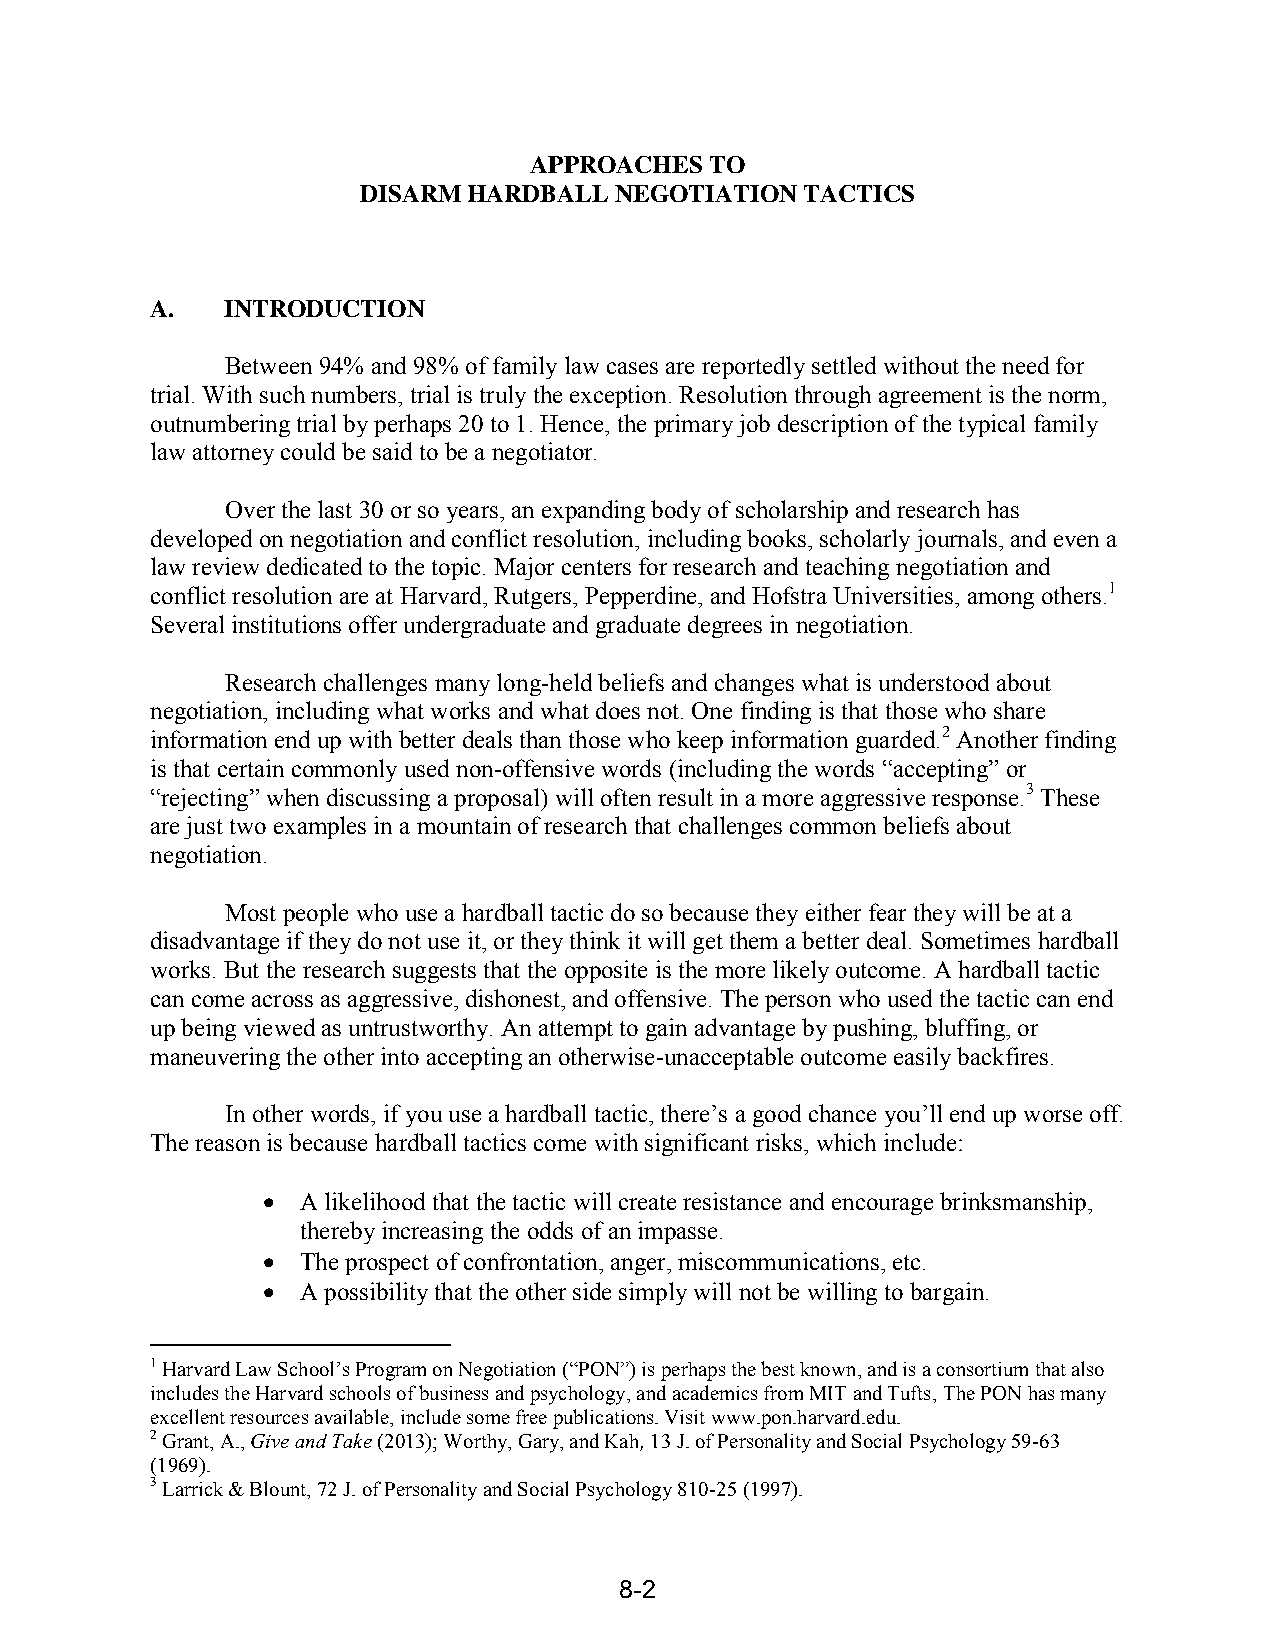
APPROACHES  TO
 DISARM HARDBALL  NEGOTIATION TACTICS
 A.   INTRODUCTION
 Between 94% and 98% of family law cases are reportedly settled without the need for
 trial. With such numbers, trial is truly the exception. Resolution through agreement is the norm,
 outnumbering trial by perhaps 20 to 1. Hence, the primary job description of the typical family
 law attorney could be said to be a negotiator.
 Over the last 30 or so years, an expanding body of scholarship and research has
 developed on negotiation and conflict resolution, including books, scholarly journals, and even a
 law review dedicated to the topic. Major centers for research and teaching negotiation and
 conflict resolution are at Harvard, Rutgers, Pepperdine, and Hofstra Universities, among others.1
 Several institutions offer undergraduate and graduate degrees in negotiation.
 Research challenges many long-held beliefs and changes what is understood about
 negotiation, including what works and what does not. One finding is that those who share
 information end up with better deals than those who keep information guarded.2 Another finding
 is that certain commonly used non-offensive words (including the words “accepting” or
 “rejecting” when discussing a proposal) will often result in a more aggressive response.3 These
 are just two examples in a mountain of research that challenges common beliefs about
 negotiation.
 Most people who use a hardball tactic do so because they either fear they will be at a
 disadvantage if they do not use it, or they think it will get them a better deal. Sometimes hardball
 works. But the research suggests that the opposite is the more likely outcome. A hardball tactic
 can come across as aggressive, dishonest, and offensive. The person who used the tactic can end
 up being viewed as untrustworthy. An attempt to gain advantage by pushing, bluffing, or
 maneuvering the other into accepting an otherwise-unacceptable outcome easily backfires.
 In other words, if you use a hardball tactic, there’s a good chance you’ll end up worse off.
 The reason is because hardball tactics come with significant risks, which include:
   A likelihood that the tactic will create resistance and encourage brinksmanship,
 thereby increasing the odds of an impasse.
   The prospect of confrontation, anger, miscommunications, etc.
   A possibility that the other side simply will not be willing to bargain.
 1 Harvard Law School’s Program on Negotiation (“PON”) is perhaps the best known, and is a consortium that also
 includes the Harvard schools of business and psychology, and academics from MIT and Tufts, The PON has many
 excellent resources available, include some free publications. Visit www.pon.harvard.edu.
 2 Grant, A., Give and Take (2013); Worthy, Gary, and Kah, 13 J. of Personality and Social Psychology 59-63
 (1969).
 3 Larrick & Blount, 72 J. of Personality and Social Psychology 810-25 (1997).
 8-2